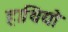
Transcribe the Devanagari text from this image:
हाथियो